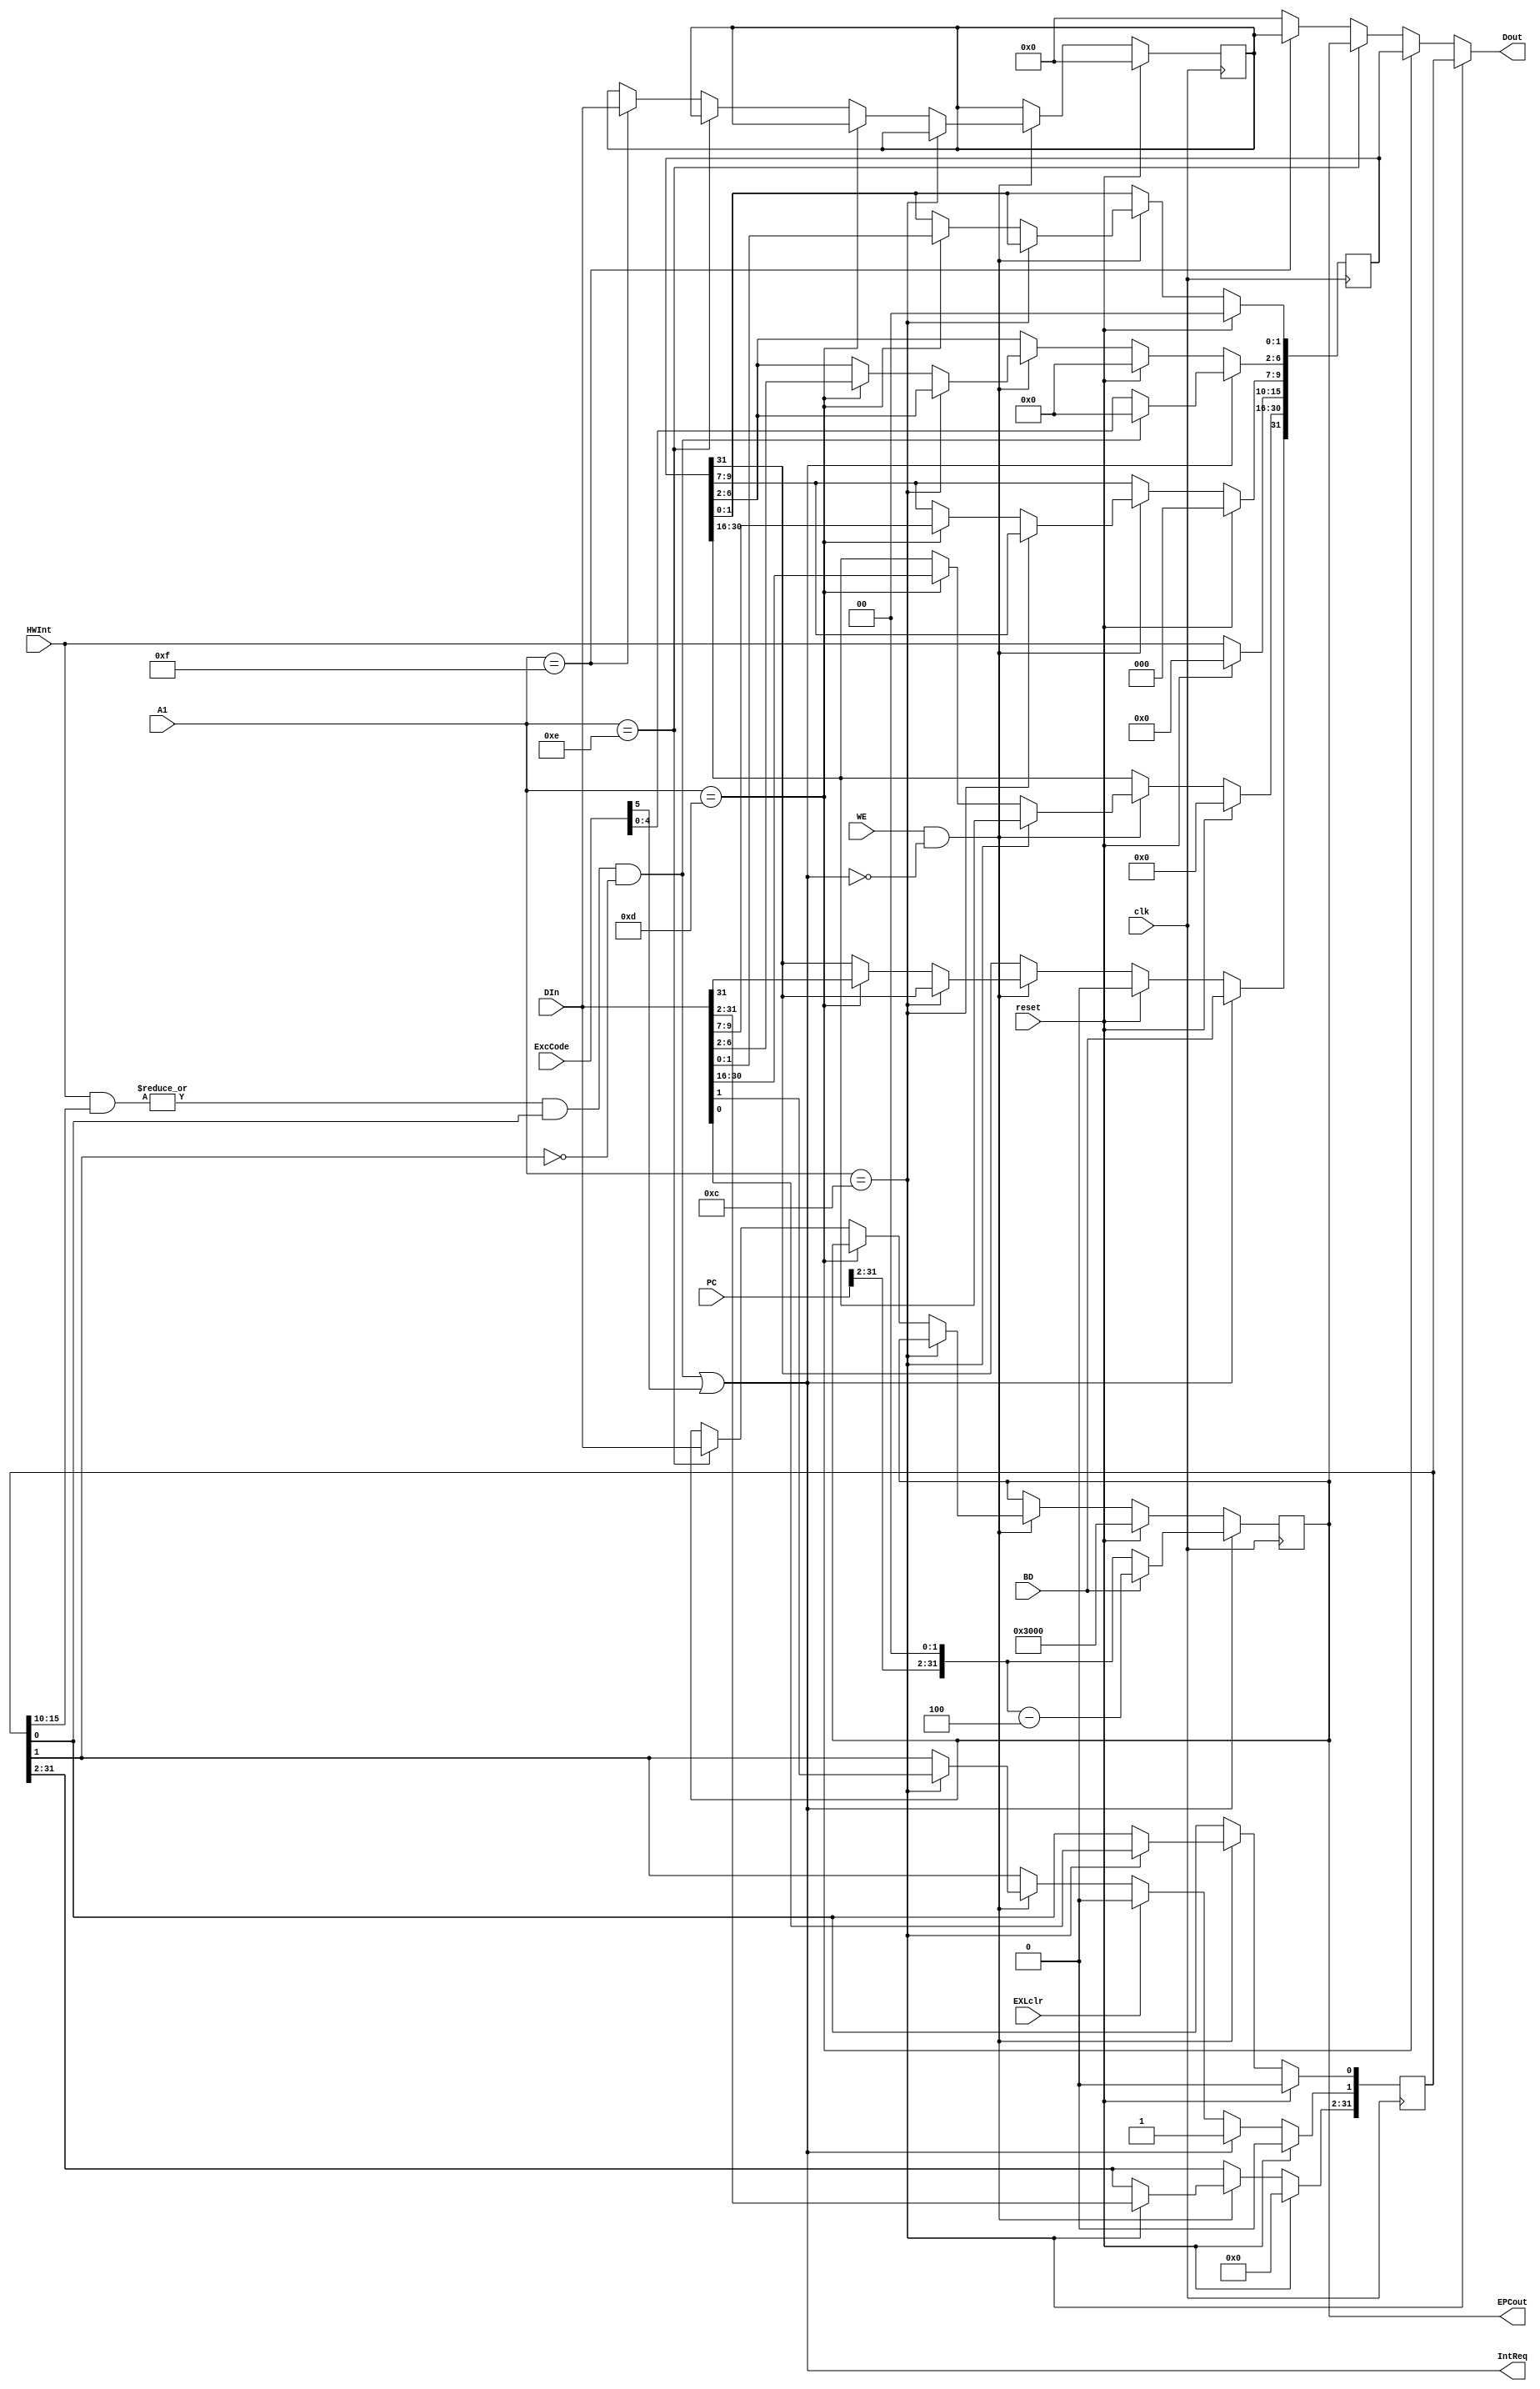
`timescale 1ns / 1ps
//////////////////////////////////////////////////////////////////////////////////
// Company: 
// Engineer: 
// 
// Design Name: 
// Module Name:    cp0 
// Project Name: 
// Target Devices: 
// Tool versions: 
// Description: 
//
// Dependencies: 
//
// Revision: 
// Revision 0.01 - File Created
// Additional Comments: 
//
//////////////////////////////////////////////////////////////////////////////////
module cp0(A1,DIn,PC,ExcCode,HWInt,WE,BD,EXLclr,clk,reset,IntReq,EPCout,Dout);
	input [4:0] A1;
	input [31:0] DIn;
	input [31:0] PC;
	input [5:0] ExcCode;
	input [5:0] HWInt;
	input BD,WE,clk,reset;
	input EXLclr;
	output  IntReq;
	output [31:0] EPCout;
	output [31:0] Dout;
	
	reg [31:0] SR,Cause,EPC,PRID;
	wire IntReq1;
	assign IntReq1=|(HWInt[5:0]&SR[15:10])&SR[0]&~SR[1];
	initial begin
		SR=0;
		Cause=0;
		EPC= 32'h0000_3000;
		PRID=0;
	end
	assign Dout=(A1==12)?SR:
					(A1==13)?Cause:
					(A1==14)?EPC:
					(A1==15)?PRID:
					0;
	assign EPCout=EPC;
	assign IntReq=(|(HWInt[5:0]&SR[15:10])&SR[0]&~SR[1])|(ExcCode[5]);//SR[1]EXL;
	reg [31:0] SR1;
	always@(posedge clk) begin
		SR1=SR;
		if(reset) begin 
		SR<=0;
		Cause<=0;
		EPC<= 32'h0000_3000;
		PRID<=0;
		end
		else begin
			if(WE&IntReq==0) begin
				if(A1==12) SR<=DIn;
				else if(A1==13) Cause<=DIn;
				else if(A1==14) EPC<=DIn;
				else if(A1==15) PRID<=DIn;
				//$display("@%h:$cp0_%d<=%h",PC, A1,DIn);
			end
			if(EXLclr) SR[1]<=0;
			if(IntReq==1) SR[1]<=1;
			Cause[15:10]<=HWInt;
			end
		if(IntReq) begin
		if(BD==0)
			EPC<={PC[31:2],2'b0};
			else if(BD==1) EPC<={PC[31:2],2'b0}-4;
			if(IntReq1==1) begin
					Cause[6:2]<=0;
			end
			else
			Cause[6:2]<=ExcCode[4:0];
			Cause[31]<=BD;
			//$display("@%h:$(%d %h)",PC,BD,ExcCode[4:0]);
		end
	end
	
endmodule